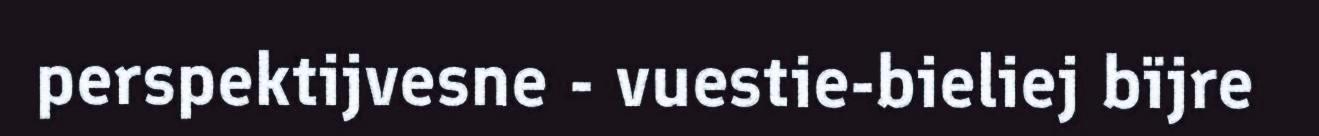
perspektijvesne - vuestie-bieliej bïjre